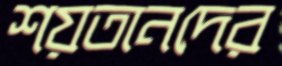
শয়তানদের